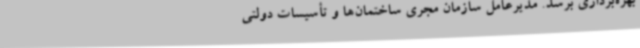
بهره‌برداری برسد. مدیرعامل سازمان مجری ساختمان‌ها و تأسیسات دولتی